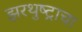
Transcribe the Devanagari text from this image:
झरथुष्ट्राचा